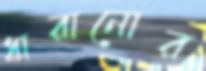
ধারানোর